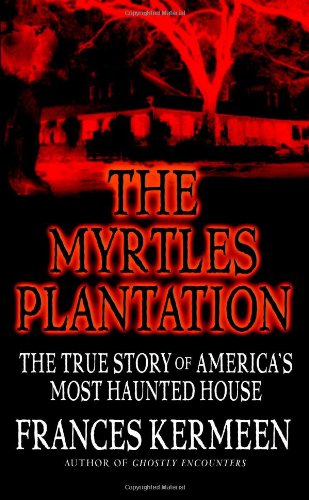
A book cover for The Myrtles Plantation: The True Story of America's Most Haunted House; Frances Kermeen; Religion & Spirituality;